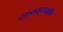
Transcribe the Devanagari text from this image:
दण्डायुधपाणि